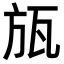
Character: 瓬